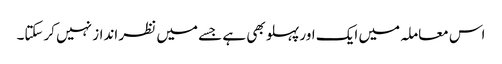
اس معاملہ میں ایک اور پہلو بھی ہے جسے میں نظر انداز نہیں کرسکتا۔